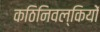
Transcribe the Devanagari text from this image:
कठिनिवल्कियों